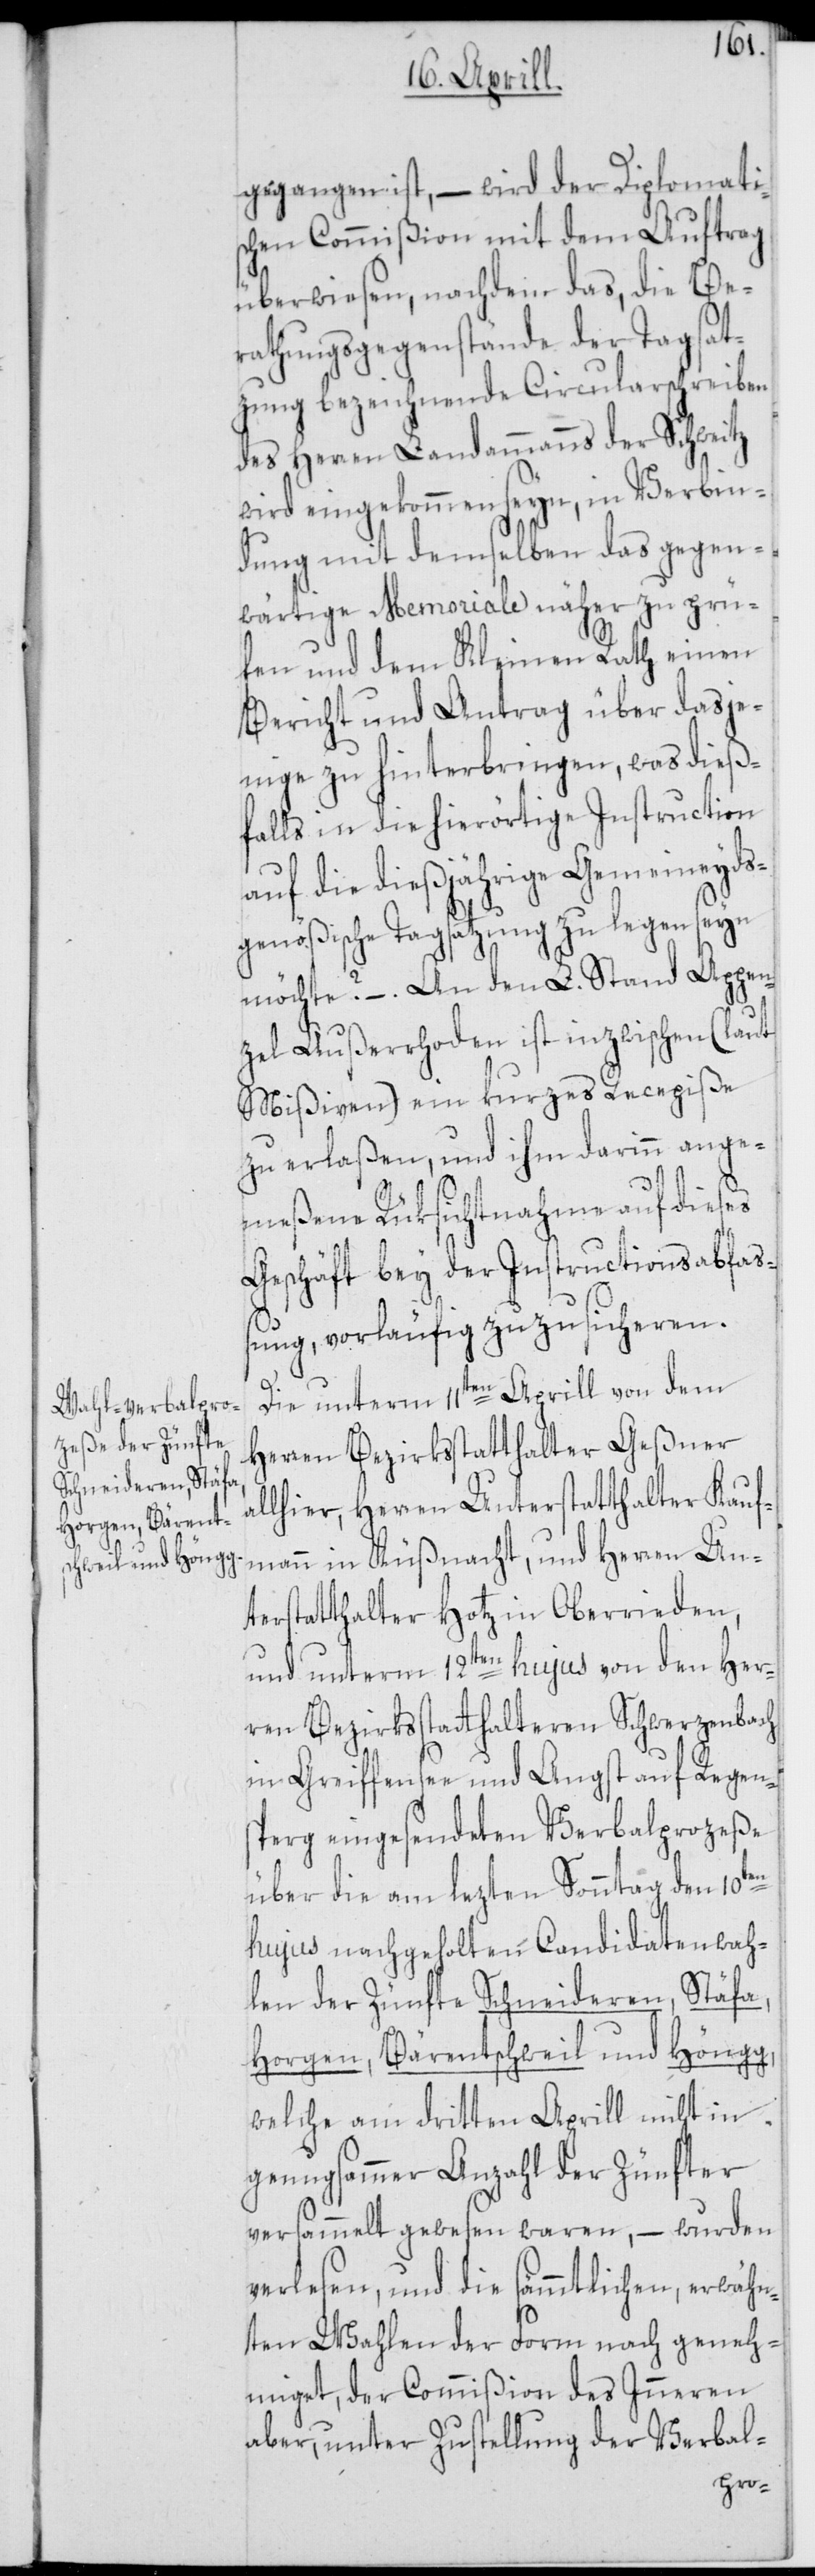
gegangen ist, – wird der Diplomati¬
schen Commißion mit dem Auftrag
überwiesen, nachdem das, die Be¬
rathungsgegenstände der Tagsat¬
zung bezeichnende Circularschreiben
des Herren Landammanns der Schweitz
wird eingekommen seyn, in Verbin¬
dung mit demselben das gegen¬
wärtige Memoriale näher zu prü¬
fen und dem Kleinen Rath einen
Bericht und Antrag über dasje¬
nige zu hinterbringen, was dieß¬
falls in die hierörtige Instruction
auf die dießjährige Gemeineyds¬
genößische Tagsatzung zu legen seyn
möchte? – . An den L. Stand Appen¬
zell Außerrhoden ist inzwischen (laut
Mißiven) ein kurzes Recepiße
zu erlaßen, und ihm darinn ange¬
meßene Rüksichtnahme auf dieses
Geschäft bey der Instructionsabfaß¬
ung, vorläufig zuzusicheren.
Die unterm 11ten Aprill von dem
Herren Bezirksstatthalter Geßner
llhier, Herren Unterstatthalter Kauf¬
mann in Küßnacht, und Herren Un¬
terstatthalter Hotz in Oberrieden,
und unterm 12ten hujus von den Her¬
ren Bezirksstatthalteren Schwerzenbach
in Greiffensee und Angst auf Regen¬
sperg eingesendeten Verbalprozeße
en
über die am lezten Sonntag den 10t¬
hujus nachgeholten Candidatenwah¬
len der Zünfte Schneideren, Stäfa,
Horgen, Bärentschweil und Höngg,
welche am dritten Aprill nicht in
genugsammer Anzahl der Zünfter
versammelt gewesen waren, – wurden
verlesen, und die sämmtlichen, erwähn¬
ten Wahlen der Form nach geneh¬
miget, der Commißion des Inneren
aber, unter Zustellung der Verbal-